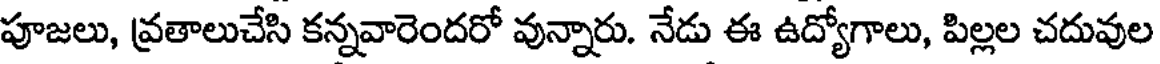
పూజలు, వ్రతాలుచేసి కన్నవారెందరో వున్నారు. నేడు ఈ ఉద్యోగాలు, పిల్లల చదువుల